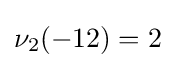
\nu _{2}(-12)=2